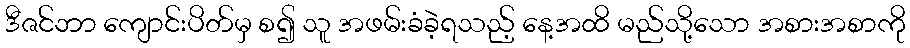
ဒီဇင်ဘာ ကျောင်းပိတ်မှ စ၍ သူ အဖမ်းခံခဲ့ရသည့် နေ့အထိ မည်သို့သော အစားအစာကို